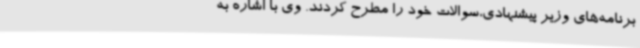
برنامه‌های وزیر پیشنهادی،سوالات خود را مطرح کردند. وی با اشاره به